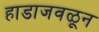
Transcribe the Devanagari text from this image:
हाडाजवळून